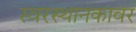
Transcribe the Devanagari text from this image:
स्वरस्थानकावर